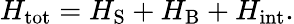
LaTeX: H_{\mathrm{tot}}=H_{\mathrm{S}}+H_{\mathrm{B}}+H_{\mathrm{int}}.